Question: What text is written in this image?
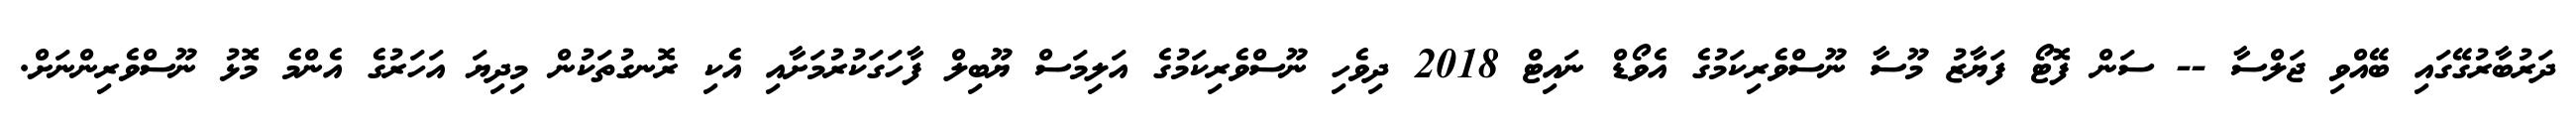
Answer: ދަރުބާރުގޭގައި ބޭއްވި ޖަލްސާ -- ސަން ފޮޓޯ ފަޔާޒު މޫސާ ނޫސްވެރިކަމުގެ އެވޯޑް ނައިޓް 2018 ދިވެހި ނޫސްވެރިކަމުގެ އަލިމަސް ޔޫބިލް ފާހަގަކުރުމަށާއި އެކި ރޮނގުތަކުން މިދިޔަ އަހަރުގެ އެންމެ މޮޅު ނޫސްވެރިންނަށް.